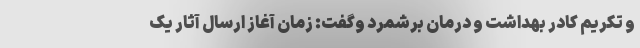
و تکریم کادر بهداشت و درمان برشمرد وگفت: زمان آغاز ارسال آثار یک